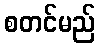
စတင်မည်